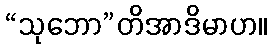
“သုဘော”တိအာဒိမာဟ။